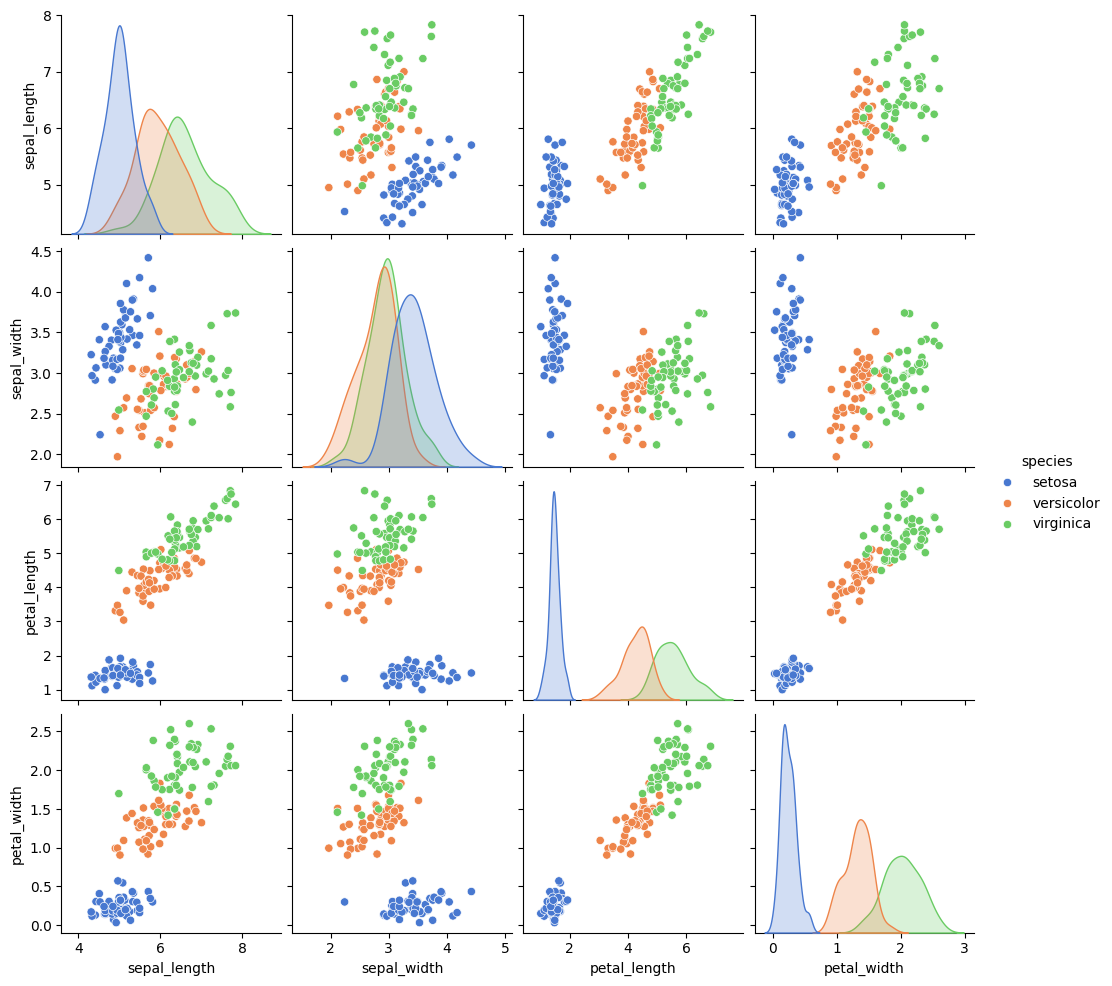
python, seaborn, pairplot, palette='muted', markers=['o'], kind='scatter', diag_kind='kde'